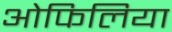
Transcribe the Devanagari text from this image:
ओफिलिया